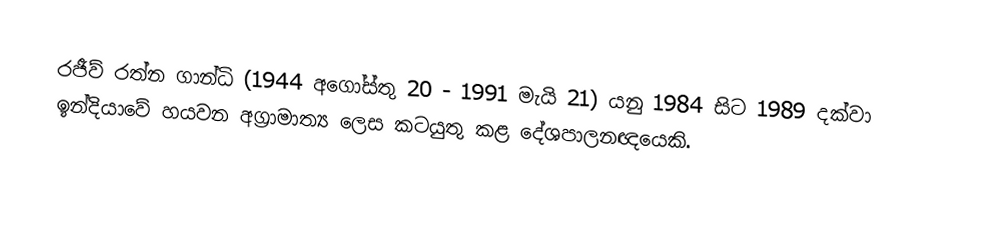
රජීව් රත්න ගාන්ධි (1944 අගෝස්තු 20 - 1991 මැයි 21) යනු 1984 සිට 1989 දක්වා ඉන්දියාවේ හයවන අග්‍රාමාත්‍ය ලෙස කටයුතු කළ දේශපාලනඥයෙකි.